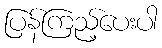
ပြန်ကြည့်ပေးပါ